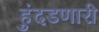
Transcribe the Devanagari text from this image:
हुंदडणारी